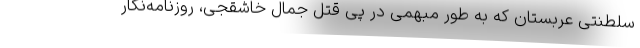
سلطنتی عربستان که به طور مبهمی در پی قتل جمال خاشقجی،‌ روزنامه‌نگار